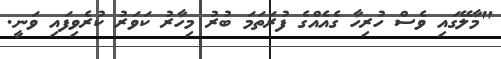
"މާލޭގައި ވެސް ހުރިހާ ގެއެއްގެ ފުރަތަމަ ބުރު މިހާރު ކަވަރު ކުރެވިފައި ވަނީ.